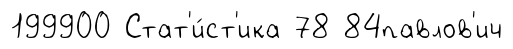
199900 Стат'и́ст'ика 78 84павлов'ич